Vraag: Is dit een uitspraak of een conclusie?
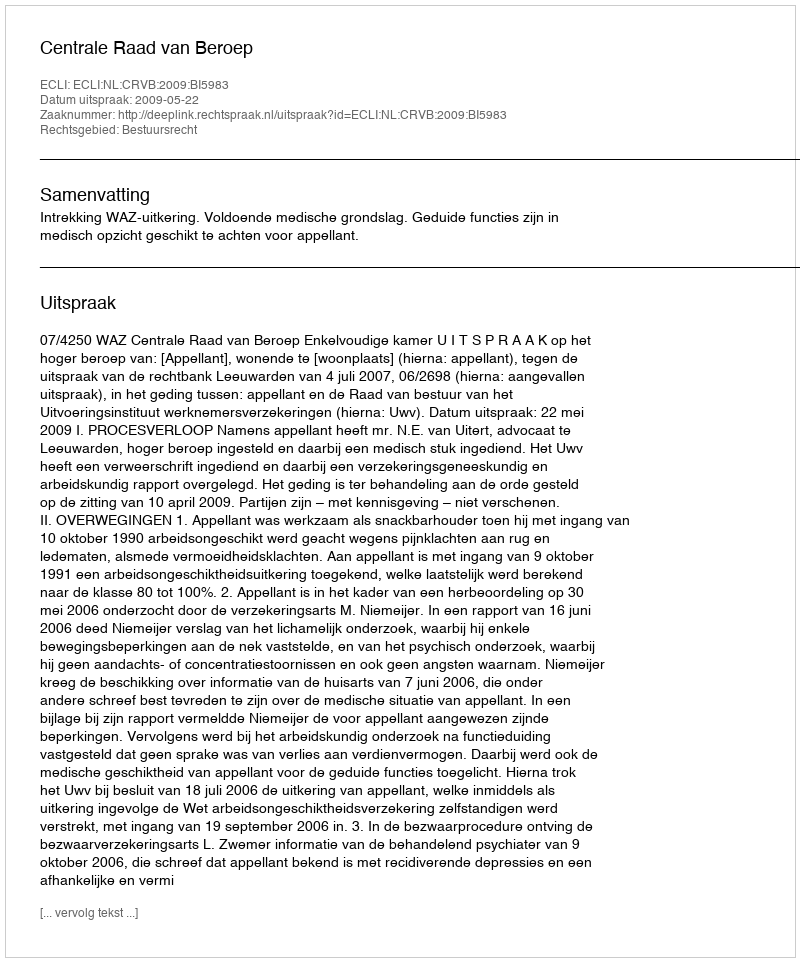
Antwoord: Uitspraak